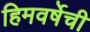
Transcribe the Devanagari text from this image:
हिमवर्षेची